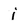
Character: j